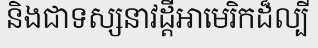
និងជាទស្សនាវដ្តីអាមេរិកដ៏ល្បី